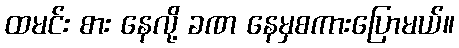
ထမင်း စား နေလို့ ခဏ နေမှစကားပြောမယ်။